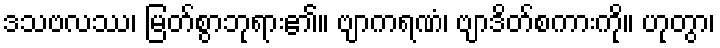
ဒသဗလဿ၊ မြတ်စွာဘုရား၏။ ဗျာကရဏံ၊ ဗျာဒိတ်စကားကို။ ဟုတွာ၊